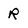
Character: R